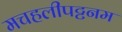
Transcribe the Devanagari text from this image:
मचहलीपट्टनम